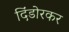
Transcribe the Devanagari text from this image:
दिंडोरकर